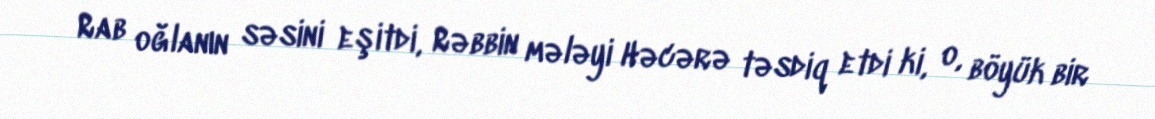
Rab oğlanın səsini eşitdi, Rəbbin mələyi Həcərə təsdiq etdi ki, o, böyük bir